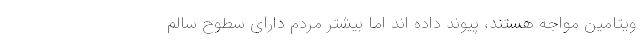
ویتامین مواجه هستند، پیوند داده اند اما بیشتر مردم دارای سطوح سالم